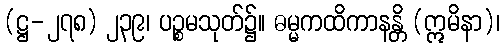
(ဋ္ဌ-၂၇၈) ၂၃၉၊ ပဉ္စမသုတ်၌။ ဓမ္မကထိကာနန္တိ (ဣမိနာ)၊